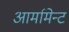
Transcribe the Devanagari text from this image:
आर्मामेन्ट